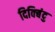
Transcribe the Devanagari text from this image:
दिक्बिंदु